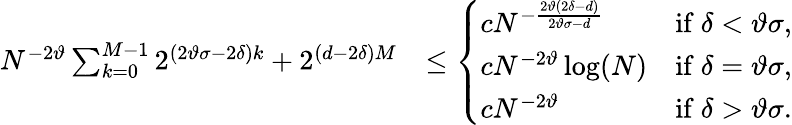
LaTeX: \begin{array}{rl}{N^{-2\vartheta}\sum_{k=0}^{M-1}2^{(2\vartheta\sigma-2\delta)k}+2^{(d-2\delta)M}}&{\leq\left\{ \begin{array}{ll}{cN^{-\frac{2\vartheta(2\delta-d)}{2\vartheta\sigma-d}}}&{\mathrm{if~}\delta<\vartheta\sigma,}\\ {cN^{-2\vartheta}\log(N)}&{\mathrm{if~}\delta=\vartheta\sigma,}\\ {cN^{-2\vartheta}}&{\mathrm{if~}\delta>\vartheta\sigma.}\end{array}\right.}\end{array}